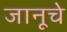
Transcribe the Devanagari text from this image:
जानूचे